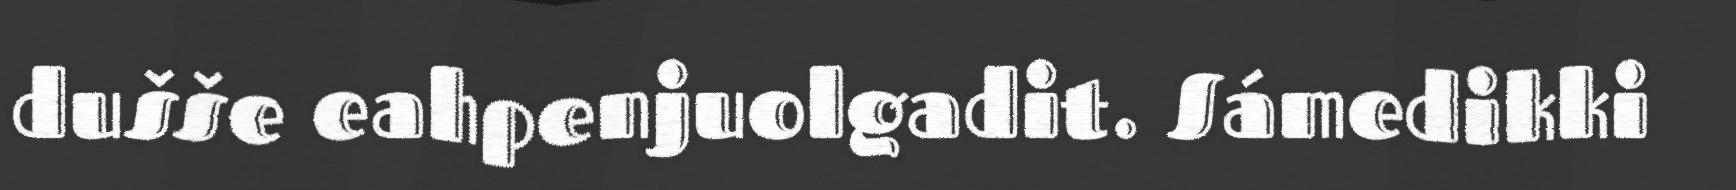
dušše eahpenjuolgadit. Sámedikki